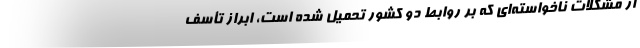
از مشکلات ناخواسته‌ای که بر روابط دو کشور تحمیل شده است، ابراز تأسف